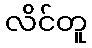
လိင်တူ